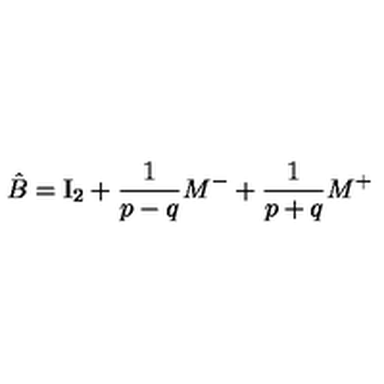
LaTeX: \hat { B } = \mathrm { I } _ { 2 } + { \frac { 1 } { p - q } } M ^ { - } + { \frac { 1 } { p + q } } M ^ { + }